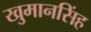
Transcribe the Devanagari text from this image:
खुमानसिंह